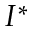
I ^ { * }